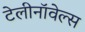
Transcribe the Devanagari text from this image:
टेलीनॉवेल्स